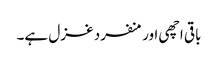
باقی اچھی اور منفرد غزل ہے۔